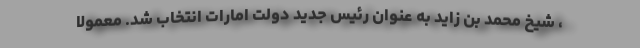
، شیخ محمد بن زاید به عنوان رئیس جدید دولت امارات انتخاب شد. معمولا